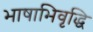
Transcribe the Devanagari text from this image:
भाषाभिवृद्धि